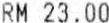
RM 23.00